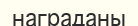
награданы